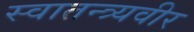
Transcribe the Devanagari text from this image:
स्वातन्त्र्यवीर